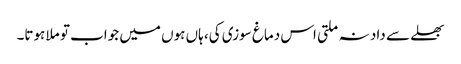
بھلے سے داد نہ ملتی اس دماغ سوزی کی، ہاں ہوں میں جواب تو ملا ہوتا۔